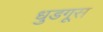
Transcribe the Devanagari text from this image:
धुडगूस